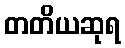
တတိယဆုရ